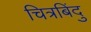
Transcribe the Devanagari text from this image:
चित्रबिंदु